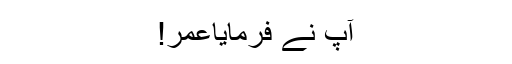
آپؐ نے فرمایاعمر!